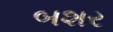
બશર